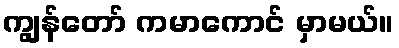
ကျွန်တော် ကမာကောင် မှာမယ်။